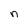
Character: n